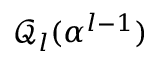
\mathcal { Q } _ { l } ( \boldsymbol { \alpha } ^ { l - 1 } )